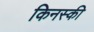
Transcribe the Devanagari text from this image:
किनस्की